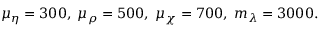
\mu _ { \eta } = 3 0 0 , \; \mu _ { \rho } = 5 0 0 , \; \mu _ { \chi } = 7 0 0 , \; m _ { \lambda } = 3 0 0 0 .